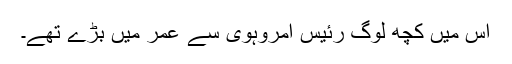
اس میں کچھ لوگ رئیس امروہوی سے عمر میں بڑے تھے۔